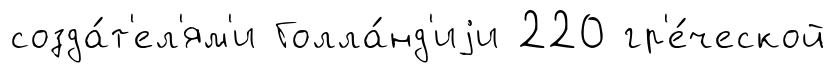
созда́т'ел'ям'и Голла́нд'иjи 220 гр'е́ческой